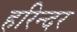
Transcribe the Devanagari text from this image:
हरिन्दर